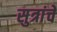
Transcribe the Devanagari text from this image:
सुत्रांचे